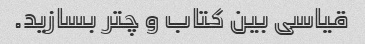
قیاسی بین کتاب و چتر بسازید.